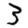
Digit: 3